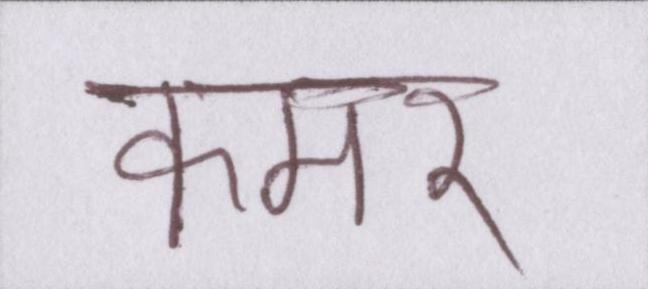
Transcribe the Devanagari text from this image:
कमर